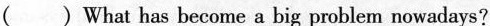
（ ）What has become a big problem nowadays?